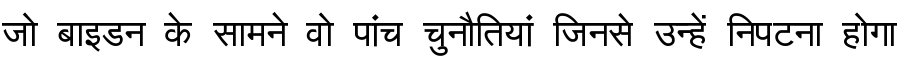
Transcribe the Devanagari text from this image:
जो बाइडन के सामने वो पांच चुनौतियां जिनसे उन्हें निपटना होगा